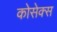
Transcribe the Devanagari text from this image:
कोसेक्स